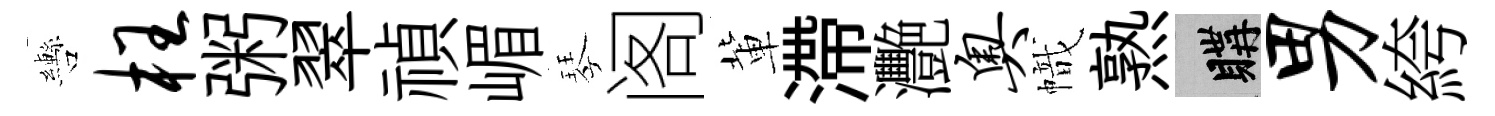
轡枉粥翠禎嵋琴阁軰滯灧奥幟熟購男絝